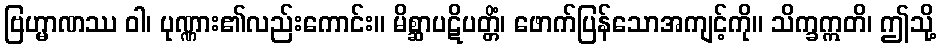
ဗြဟ္မာဏဿ ဝါ၊ ပုဏ္ဏား၏လည်းကောင်း။ မိစ္ဆာပဋိပတ္တိံ၊ ဖောက်ပြန်သောအကျင့်ကို။ သိက္ခဣတိ၊ ဤသို့